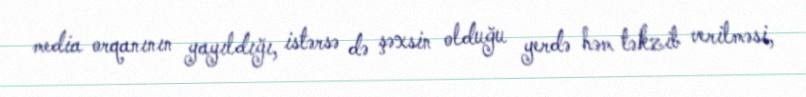
media orqanının yayıldığı, istərsə də şəxsin olduğu yerdə həm təkzib verilməsi,